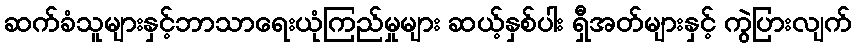
ဆက်ခံသူများနှင့်ဘာသာရေးယုံကြည်မှုများ ဆယ့်နှစ်ပါး ရှီအတ်များနှင့် ကွဲပြားလျက်